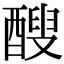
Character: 醙